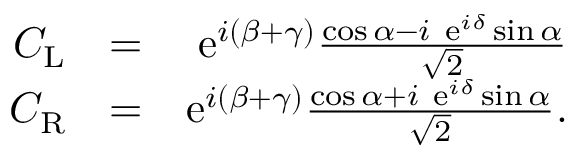
\begin{array} { r l r } { C _ { \mathrm { L } } } & { = } & { \mathrm { e } ^ { i ( \beta + \gamma ) } \frac { \cos \alpha - i \ \mathrm { e } ^ { i \delta } \sin \alpha } { \sqrt { 2 } } } \\ { C _ { \mathrm { R } } } & { = } & { \mathrm { e } ^ { i ( \beta + \gamma ) } \frac { \cos \alpha + i \ \mathrm { e } ^ { i \delta } \sin \alpha } { \sqrt { 2 } } . } \end{array}